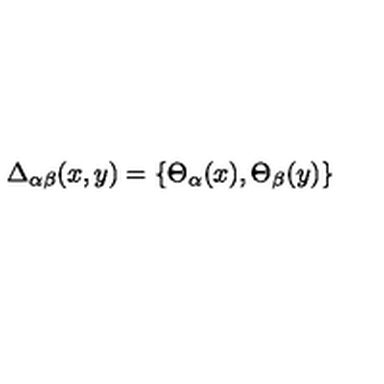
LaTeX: \Delta _ { \alpha \beta } ( x , y ) = \left\{ \Theta _ { \alpha } ( x ) , \Theta _ { \beta } ( y ) \right\}